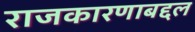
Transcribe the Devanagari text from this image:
राजकारणाबद्दल